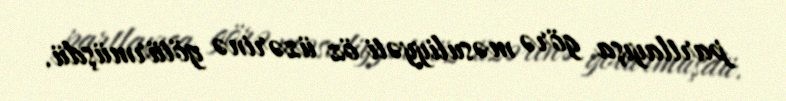
partlayışa görə məsuliyyəti öz üzərinə götürmüşdü.